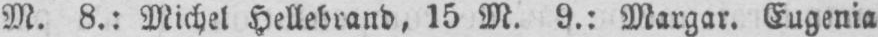
M. 8.: Michel Hellebrand. 15 M. 9.: Margar. Eugenia